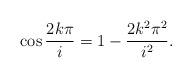
LaTeX: \begin{align*}\cos\frac{2k\pi}{i} = 1-\frac{2k^2\pi^2}{{i}^2}.\end{align*}